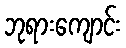
ဘုရားကျောင်း